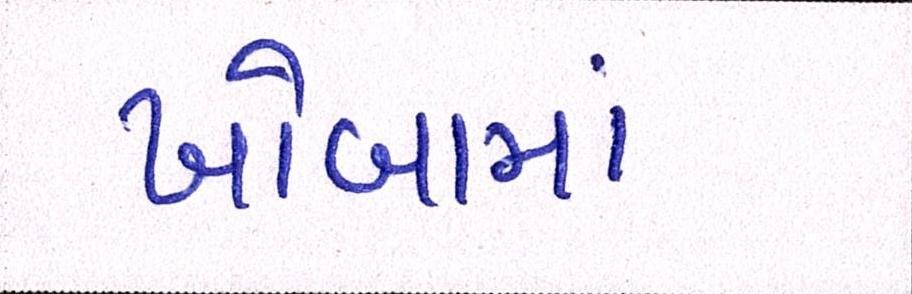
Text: ખોબામાં